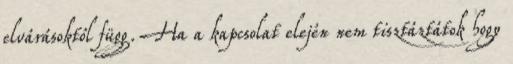
elvárásoktól függ. Ha a kapcsolat elején nem tisztáztátok hogy